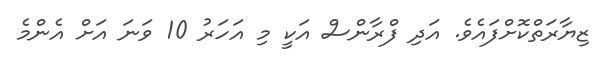
ޒިޔާރަތްކޮށްފައެވެ. އަދި ފްރާންސް އަކީ މި އަހަރު 10 ވަނަ އަށް އެންމެ